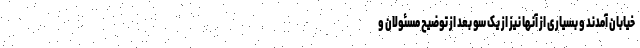
خیابان آمدند و بسیاری از آنها نیز از یک سو بعد از توضیح مسئولان و